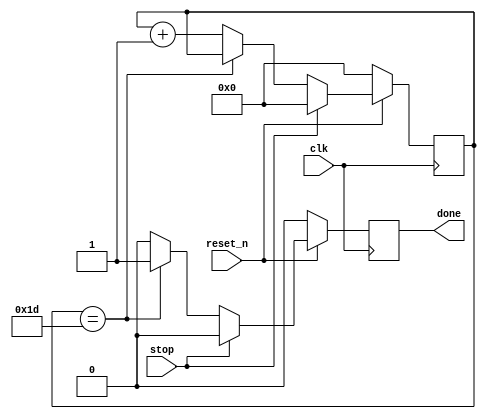
module thirty_counter(clk, reset_n, stop, done);
	input clk, reset_n, stop;
	output reg done;
	
	reg [4:0] count;
	
	always@(posedge clk)begin
	if (!reset_n)
	begin
		count <= 5'd0;
		done = 0;
	end
	
	else if (!stop)
	begin
		if (count == 5'd29)
			done = 1;
		else
		begin
			done =0;
			count <= count + 1;
		end
	end
	
	else if(stop)
		begin
			count <= 10'd0;
			done = 0;
		end
	end
endmodule